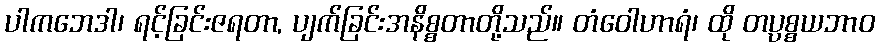
ပါကဘေဒါ၊ ရင့်ခြင်းဇရတာ, ပျက်ခြင်းအနိစ္စတာတို့သည်။ တံဝေါဟာရံ၊ ထို တပ္ပစ္စယဘာဝ